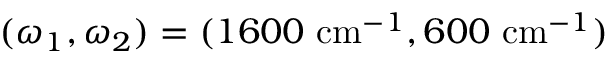
( \omega _ { 1 } , \omega _ { 2 } ) = ( 1 6 0 0 ~ \mathrm { c m } ^ { - 1 } , 6 0 0 ~ \mathrm { c m } ^ { - 1 } )